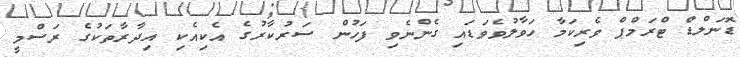
ޑޮނަލްޑް ޓްރަމްޕް ވެރިކަމާ ހަވާލުވެވަޑައި ގެންނެވި ފަހުން ސަރުކާރުގެ އެކިއެކި އިދާރާތަކުގެ ރަސްމީ